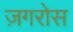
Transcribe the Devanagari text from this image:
ज़गरोस